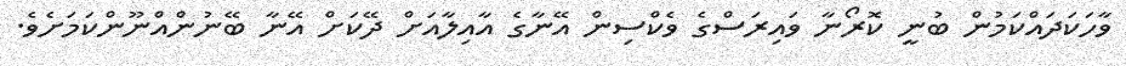
ވާހަކަދައްކަމުން ބުނީ ކޮރޯނާ ވައިރަސްގެ ވެކްސިން އޭނާގެ އާއިލާއަށް ދޭކަށް އޭނާ ބޭނުންއްނޫންކަމަށެވެ.